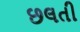
છલતી